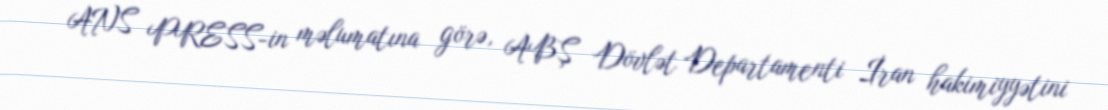
ANS PRESS-in məlumatına görə, ABŞ Dövlət Departamenti İran hakimiyyətini